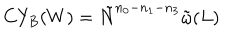
LaTeX: C Y _ { B } ( W ) = \tilde { N } ^ { n _ { 0 } - n _ { 1 } - n _ { 3 } } \tilde { \omega } ( L )